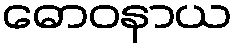
ဓောဝနာယ